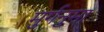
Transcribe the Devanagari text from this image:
मुर्गनुमा